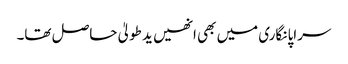
سراپا نگاری میں بھی انھیں ید طولیٰ حاصل تھا۔